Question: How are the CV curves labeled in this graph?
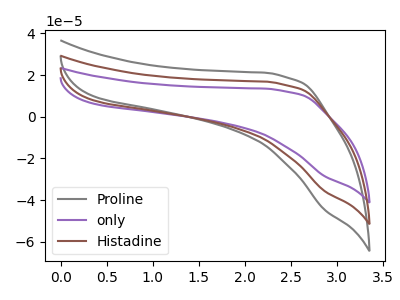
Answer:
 <answer>The gray curve is labeled "Proline". The purple curve is labeled "only". The brown curve is labeled "Histadine".</answer>
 <eval></eval>